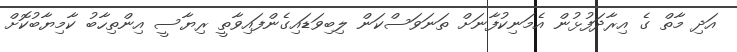
އަދި މާތް ގެ އިރާދަފުޅުން އެމަނިކުފާނަށް ތަނަވަސްކަން ލިބިވަޑައިގެންފައިވާތީ ރިޔާސީ އިންތިހާބު ކާމިޔާބުކޮށް